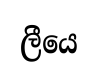
ලීයෙ